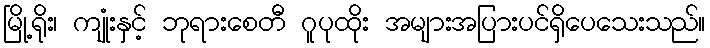
မြို့ရိုး၊ ကျုံးနှင့် ဘုရားစေတီ ဂူပုထိုး အများအပြားပင်ရှိပေသေးသည်။